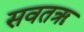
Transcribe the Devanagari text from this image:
सवतॠ